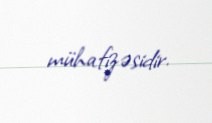
mühafizəsidir.